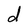
Character: d